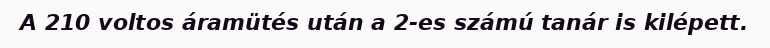
A 210 voltos áramütés után a 2-es számú tanár is kilépett.